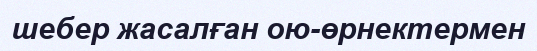
шебер жасалған ою-өрнектермен